Veterinary regulations India, 1939 -
Year: 1939
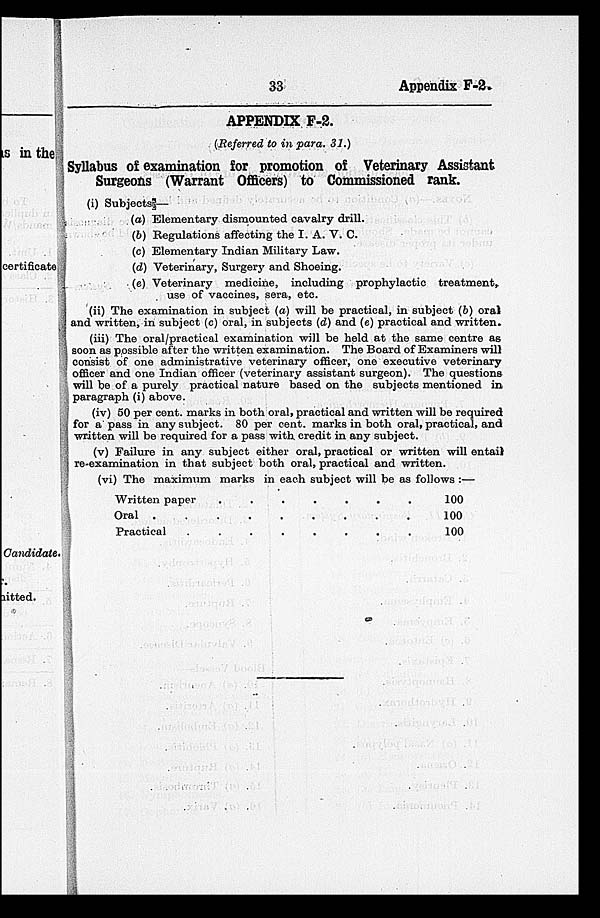
33
Appendix F-2.
APPENDIX F-2.
(Referred to in para. 31.)
Syllabus of examination for promotion of Veterinary Assistant
Surgeons (Warrant Officers) to Commissioned rank.
(i) Subjects—
(a) Elementary dismounted cavalry drill.
(b) Regulations affecting the I. A. V. C.
(c) Elementary Indian Military Law.
(d) Veterinary, Surgery and Shoeing.
(e) Veterinary medicine, including prophylactic treatment,
use of vaccines, sera, etc.
(ii) The examination in subject (a) will be practical, in subject (b) oral
and written, in subject (c) oral, in subjects (d) and (e) practical and written.
(iii) The oral/practical examination will be held at the same centre as
soon as possible after the written examination. The Board of Examiners will-
consist of one administrative veterinary officer, one executive veterinary
officer and one Indian officer (veterinary assistant surgeon). The questions
will be of a purely practical nature based on the subjects mentioned in
paragraph (i) above.
(iv) 50 per cent. marks in both oral, practical and written will be required
for a pass in any subject. 80 per cent. marks in both oral, practical, and
written will be required for a pass with credit in any subject.
(v) Failure in any subject either oral, practical or written will entail
re-examination in that subject both oral, practical and written.
(vi) The maximum marks in each subject will be as follows :—
Written paper
Oral . .
Practical .
.
.
.
.
.
.
.
.
.
.
.
.
.
.
.
.
.
.
.
.
.
100
100
100